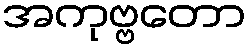
အကုဗ္ဗတော